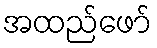
အထည်ဖော်